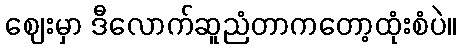
ဈေးမှာ ဒီလောက်ဆူညံတာကတော့ထုံးစံပဲ။